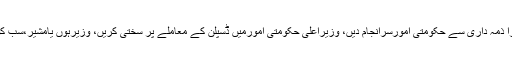
وزیراعظم نے حکومتی امورسے متعلق بھی محمود خان کو ہدایات دیتے ہوئے کہا کہ صوبائی وزرا ذمہ داری سے حکومتی امورسرانجام دیں، وزیراعلیٰ حکومتی امورمیں ڈسپلن کے معاملے پر سختی کریں، وزیرہوں یامشیر،سب کوپارٹی ڈسپلن کی پابندی کرنی ہوگی اور کابینہ ارکان اپنی کارکردگی پر پہلے سے زیادہ توجہ دیں۔